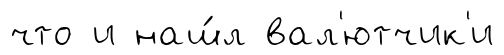
что и наш́л вал'ютчик'и